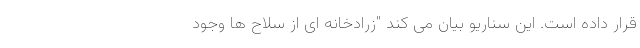
قرار داده است. این سناریو بیان می کند "زرادخانه ای از سلاح ها وجود